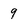
Character: g